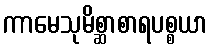
ကာမေသုမိစ္ဆာစာရပစ္စယာ